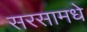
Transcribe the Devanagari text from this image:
सरसामधे